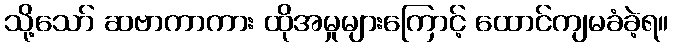
သို့သော် ဆဗာကာကား ထိုအမှုများကြောင့် ထောင်ကျမခံခဲ့ရ။